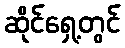
ဆိုင်ရှေ့တွင်